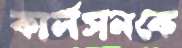
কার্লসনকে